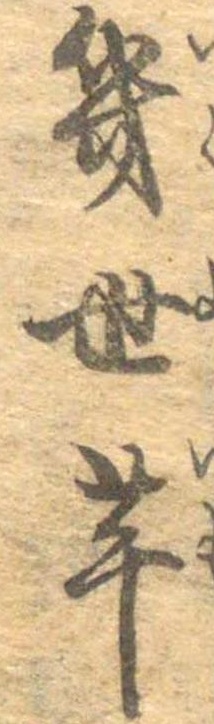
幾世芋